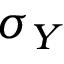
\sigma _ { Y }